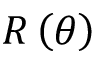
R \left( \theta \right)